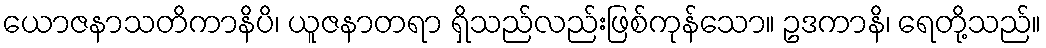
ယောဇနာသတိကာနိပိ၊ ယူဇနာတရာ ရှိသည်လည်းဖြစ်ကုန်သော။ ဥဒကာနိ၊ ရေတို့သည်။